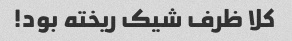
کلا ظرف شیک ریخته بود!